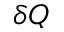
\delta Q